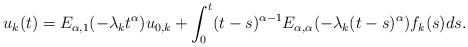
LaTeX: \begin{align*}u_{k}(t) = E_{\alpha,1}(-\lambda_{k}t^{\alpha})u_{0,k}+ \int_{0}^{t}(t-s)^{\alpha-1}E_{\alpha,\alpha}(-\lambda_{k}(t-s)^{\alpha})f_{k}(s)ds.\end{align*}